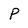
Character: P